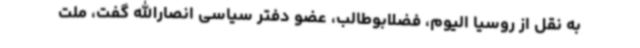
به نقل از روسیا الیوم، فضلابوطالب، عضو دفتر سیاسی انصارالله گفت، ملت